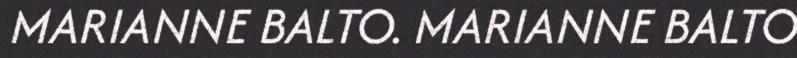
MARIANNE BALTO. MARIANNE BALTO